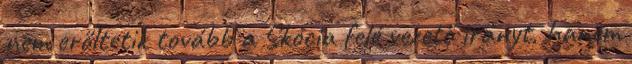
nem erőltetik tovább a Skócia felé vezető irányt, hanem